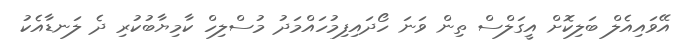
އޭވައިއެލް ބަލިކޮށް އީގަލްސް ތިން ވަނަ ހޯދައިފިމުހައްމަދު މުސްލިހް ކާމިޔާބުކުރި ދެ ލަނޑާއެކު